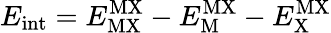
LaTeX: E_{\mathrm{int}}=E_{\mathrm{MX}}^{\mathrm{MX}}-E_{\mathrm{M}}^{\mathrm{MX}}-E_{\mathrm{X}}^{\mathrm{MX}}